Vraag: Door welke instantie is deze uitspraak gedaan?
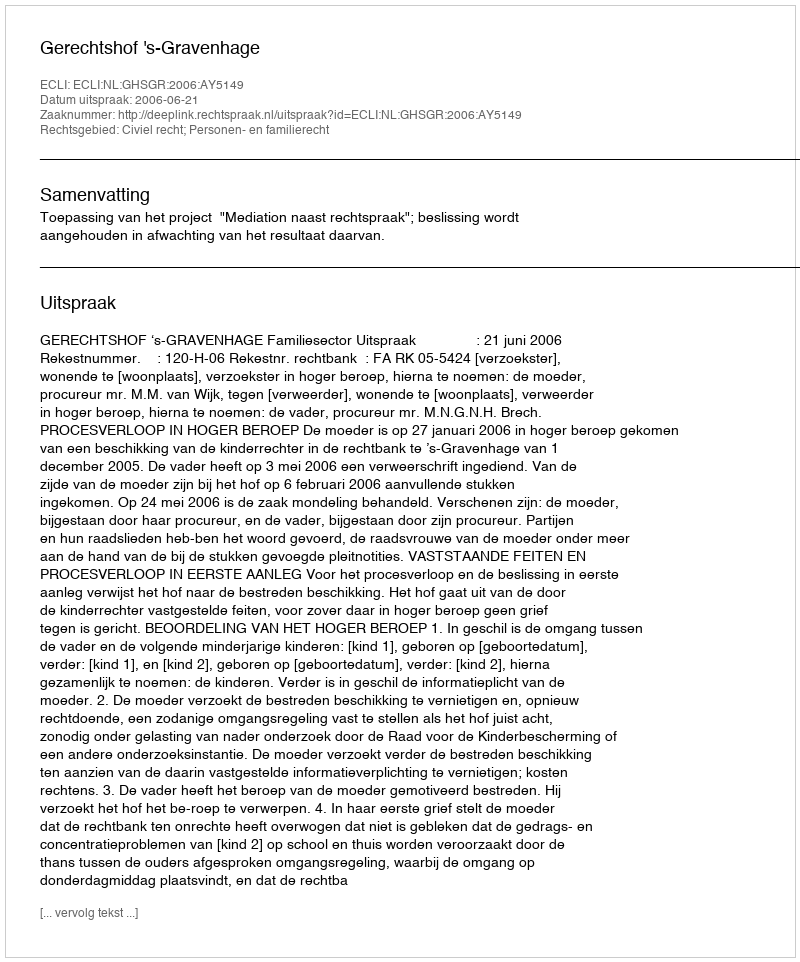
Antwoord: Gerechtshof 's-Gravenhage